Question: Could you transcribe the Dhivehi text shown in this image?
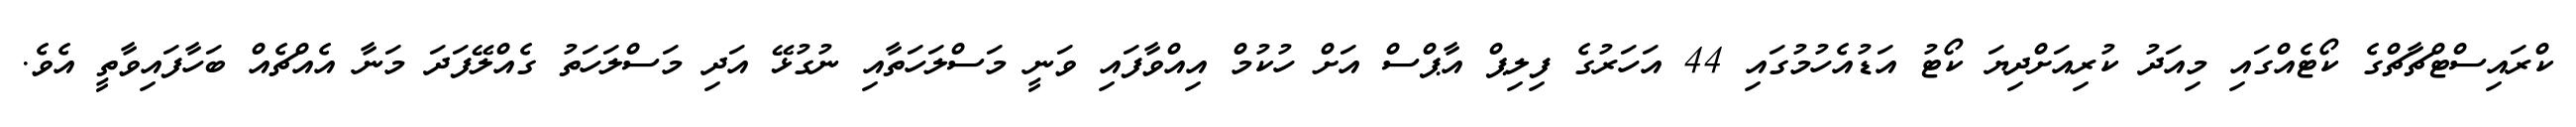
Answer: ކްރައިސްޓްޗާޗްގެ ކޯޓެއްގައި މިއަދު ކުރިއަށްދިޔަ ކޯޓު އަޑުއެހުމުގައި 44 އަހަރުގެ ފިލިޕް އާޕްސް އަށް ހުކުމް އިއްވާފައި ވަނީ މަސްލަހަތާއި ނުގުޅޭ އަދި މަސްލަހަތު ގެއްލޭފަދަ މަނާ އެއްޗެއް ބަހާފައިވާތީ އެވެ.